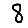
Digit: 8